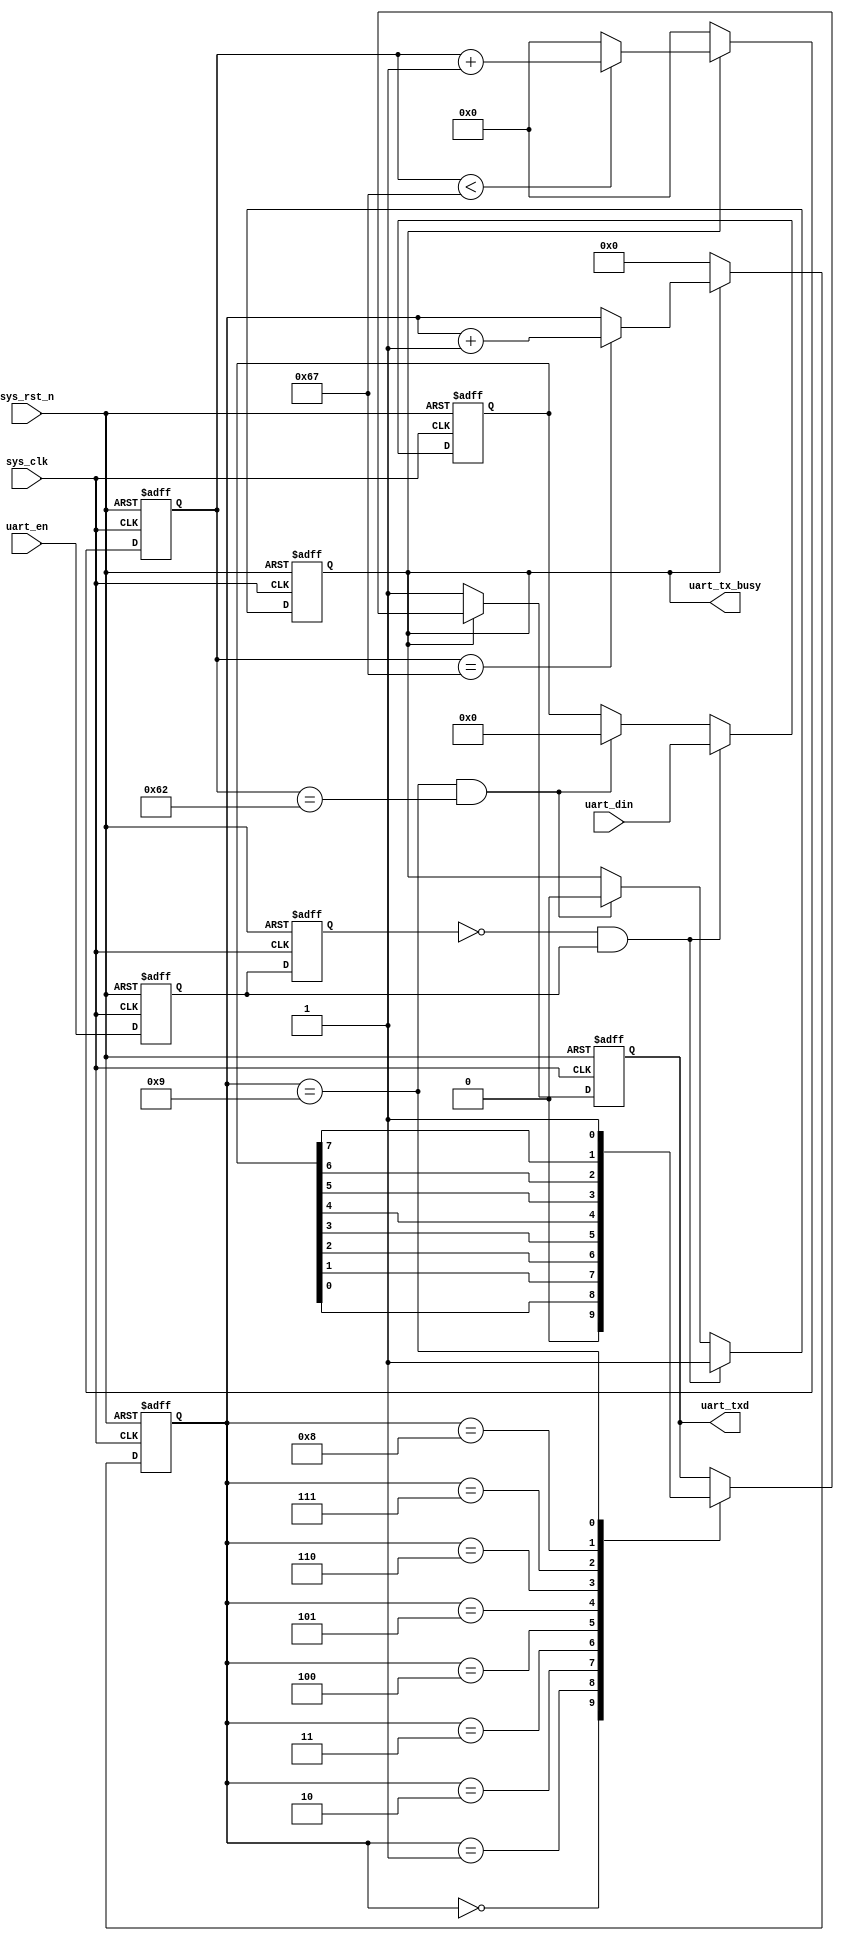
module uart_send(
    input	      sys_clk,                  //
    input         sys_rst_n,                //
    
    input         uart_en,                  //
    input  [7:0]  uart_din,                 //
    output        uart_tx_busy,             //      
    output  reg   uart_txd                  //UART
    );
    
//parameter define
parameter  CLK_FREQ = 12000000;             //12M
parameter  UART_BPS = 115200;               //
localparam  BPS_CNT  = CLK_FREQ/UART_BPS;   //BPS_CNT

//reg define
reg        uart_en_d0; 
reg        uart_en_d1;  
reg [15:0] clk_cnt;                         //
reg [ 3:0] tx_cnt;                          //
reg        tx_flag;                         //
reg [ 7:0] tx_data;                         //

//wire define
wire       en_flag;

//*****************************************************
//**                    main code
//*****************************************************
//
assign uart_tx_busy = tx_flag;

//uart_en
assign en_flag = (~uart_en_d1) & uart_en_d0;

//uart_en
always @(posedge sys_clk or negedge sys_rst_n) begin         
    if (!sys_rst_n) begin
        uart_en_d0 <= 1'b0;                                  
        uart_en_d1 <= 1'b0;
    end                                                      
    else begin                                               
        uart_en_d0 <= uart_en;                               
        uart_en_d1 <= uart_en_d0;                            
    end
end

//en_flag,          
always @(posedge sys_clk or negedge sys_rst_n) begin         
    if (!sys_rst_n) begin                                  
        tx_flag <= 1'b0;
        tx_data <= 8'd0;
    end 
    else if (en_flag) begin                 //                      
            tx_flag <= 1'b1;                //tx_flag
            tx_data <= uart_din;            //
        end
                                            //
        else if ((tx_cnt == 4'd9) && (clk_cnt == BPS_CNT -(BPS_CNT/16))) begin                                       
            tx_flag <= 1'b0;                //tx_flag
            tx_data <= 8'd0;
        end
        else begin
            tx_flag <= tx_flag;
            tx_data <= tx_data;
        end 
end

//
always @(posedge sys_clk or negedge sys_rst_n) begin         
    if (!sys_rst_n)                             
        clk_cnt <= 16'd0;                                  
    else if (tx_flag) begin                 //
        if (clk_cnt < BPS_CNT - 1)
            clk_cnt <= clk_cnt + 1'b1;
        else
            clk_cnt <= 16'd0;               //
    end
    else                             
        clk_cnt <= 16'd0; 				    //
end

//
always @(posedge sys_clk or negedge sys_rst_n) begin         
    if (!sys_rst_n)                             
        tx_cnt <= 4'd0;
    else if (tx_flag) begin                 //
        if (clk_cnt == BPS_CNT - 1)			//
            tx_cnt <= tx_cnt + 1'b1;		//1
        else
            tx_cnt <= tx_cnt;       
    end
    else                              
        tx_cnt  <= 4'd0;				    //
end

//uart
always @(posedge sys_clk or negedge sys_rst_n) begin        
    if (!sys_rst_n)  
        uart_txd <= 1'b1;        
    else if (tx_flag)
        case(tx_cnt)
            4'd0: uart_txd <= 1'b0;         // 
            4'd1: uart_txd <= tx_data[0];   //
            4'd2: uart_txd <= tx_data[1];
            4'd3: uart_txd <= tx_data[2];
            4'd4: uart_txd <= tx_data[3];
            4'd5: uart_txd <= tx_data[4];
            4'd6: uart_txd <= tx_data[5];
            4'd7: uart_txd <= tx_data[6];
            4'd8: uart_txd <= tx_data[7];   //
            4'd9: uart_txd <= 1'b1;         //
            default: ;
        endcase
    else 
        uart_txd <= 1'b1;                   //
end

endmodule